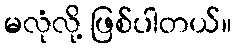
မလုံလို့ ဖြစ်ပါတယ်။